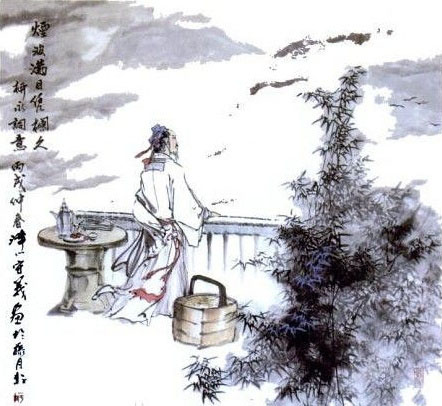
破帽遮颜过闹市，漏船载酒泛中流。